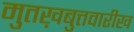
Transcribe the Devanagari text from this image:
मुतख़बुत्तवारीख